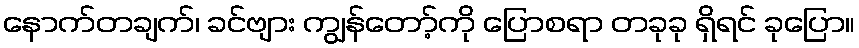
နောက်တချက်၊ ခင်ဗျား ကျွန်တော့်ကို ပြောစရာ တခုခု ရှိရင် ခုပြော။